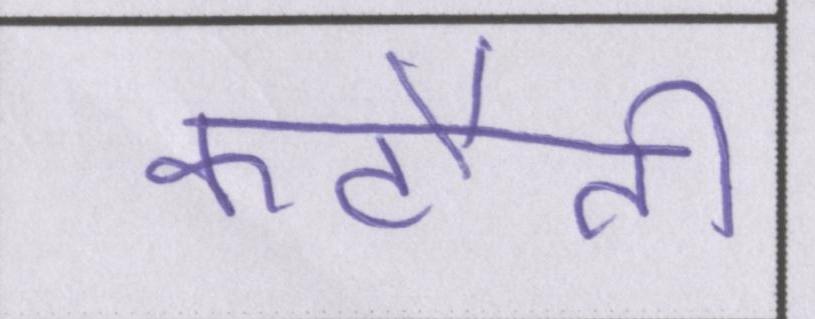
कटौती